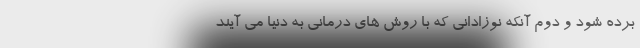
برده شود و دوم آنکه نوزادانی که با روش های درمانی به دنیا می آیند